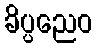
ခိပ္ပညေဝ